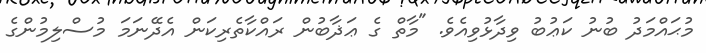
މުޙައްމަދު ބުނު ކަޢުބު ވިދާޅުވިއެވެ. "މާތް ގެ ޢަޛާބުން ރައްކާތެރިކަން އެދޭނަމަ މުސްލިމުންގެ